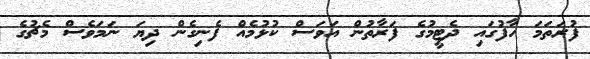
ފުރަތަމަ ހާފުގައި ދެޓީމުގެ ފަރާތުން އަވަސް ކުޅުމެއް ފެނިގެން ދިޔަ ނަމަވެސް މެޗުގެ